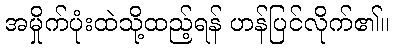
အမှိုက်ပုံးထဲသို့ထည့်ရန် ဟန်ပြင်လိုက်၏။